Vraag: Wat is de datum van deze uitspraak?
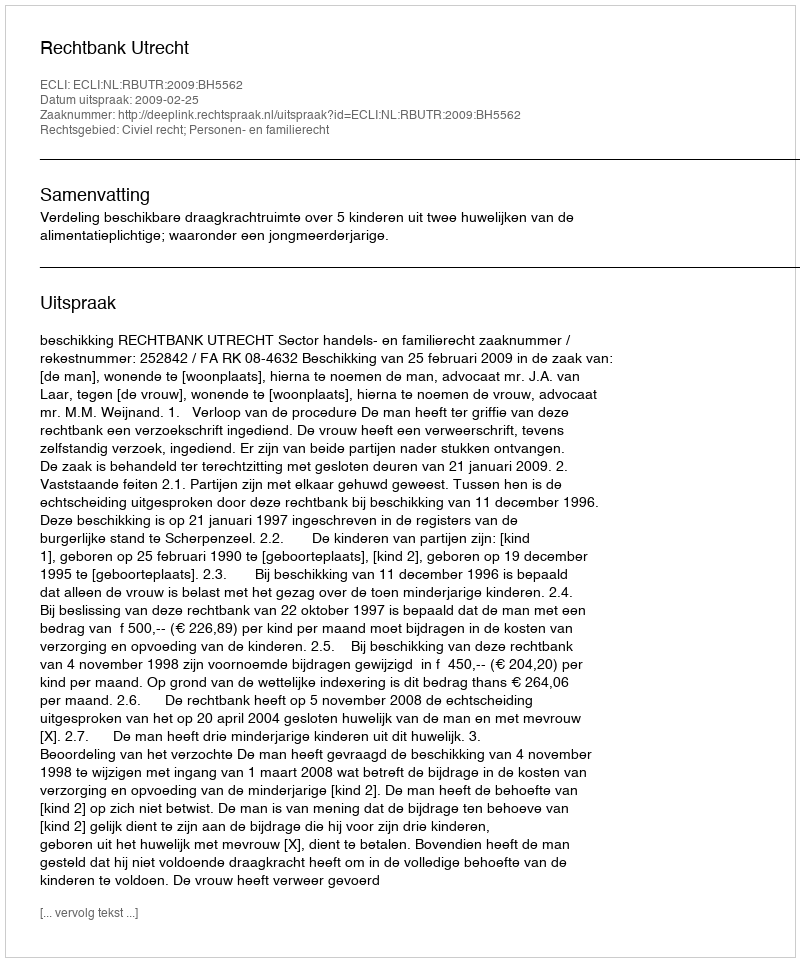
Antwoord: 2009-02-25